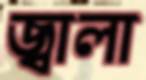
জ্বালা